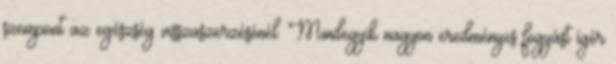
szempont az egészség visszaszerzésénél. Mindegyik nagyon eredményes fogyást ígér